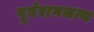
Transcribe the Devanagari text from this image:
पूर्वरागजन्य